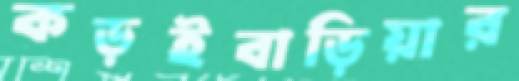
কড়ইবাড়িয়ার